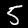
Digit: 5